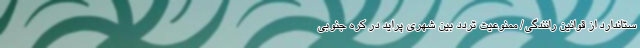
ستاندارد از قوانین رانندگی/ ممنوعیت تردد بین شهری پراید در کره جنوبی